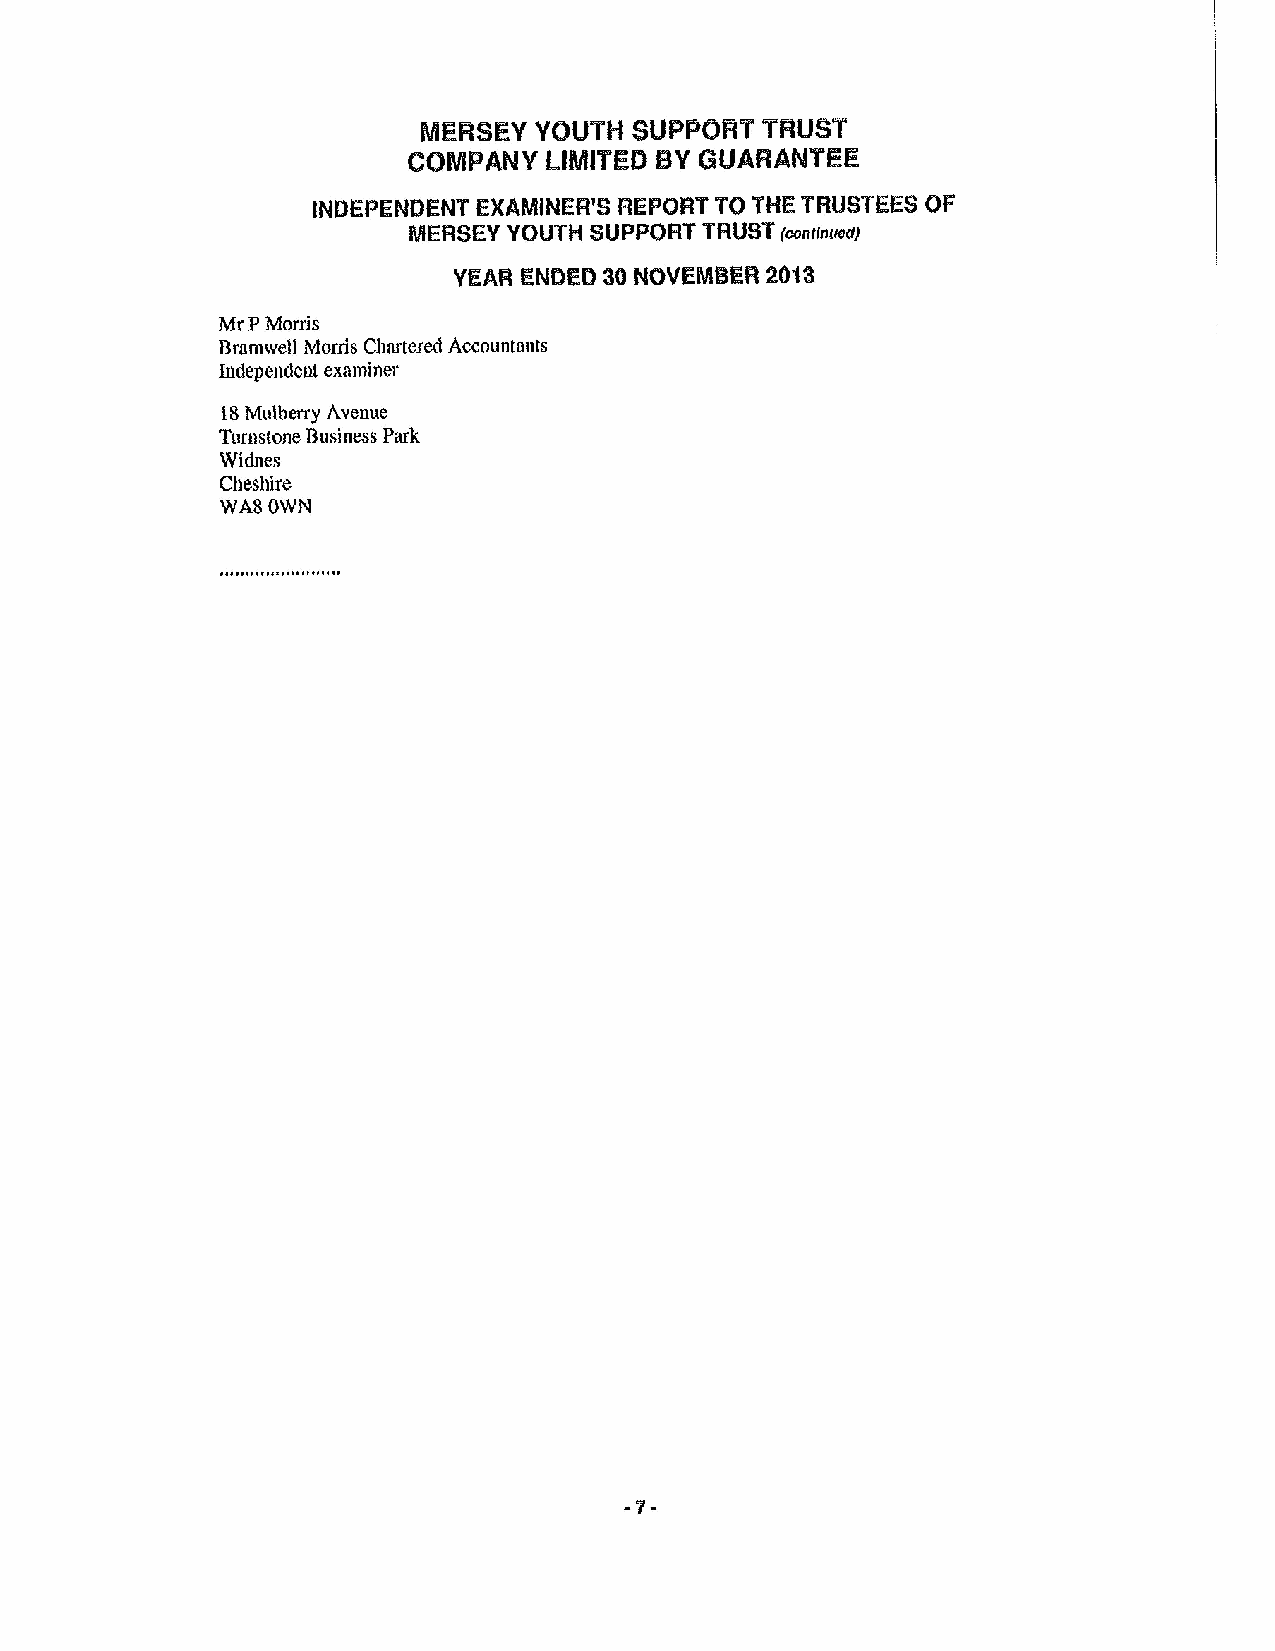
MERSEY YOUTH  SUPPORT TRUST
 COMPANY  LIMITED BYGUARANTEE
 INDEPENDENT EXAMINER'S REPORT TO THE TRUSTEES OF
 MERSEY YOUTH 8UPPQFlT TFIUBT(connie(t)
 YEAR ENDED 30NOVEMBER 2043
 Mr PMorris
 Bramwell Morris Chartered Accountants
 Independent examiner
 18Mulberry Avenue
 Turnstone Business Park
 Widnes
 Cheshire
 WA8 OWN